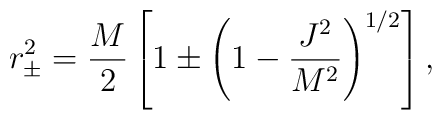
r_\pm^2 = {M \over 2} \left[ 1 \pm \left( 1 - {J^2 \over M^2}  \right)^{1/2} \right],